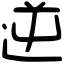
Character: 逆